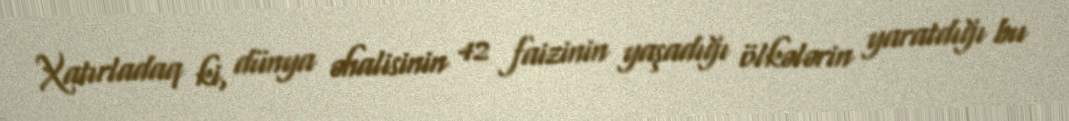
Xatırladaq ki, dünya əhalisinin 42 faizinin yaşadığı ölkələrin yaratdığı bu